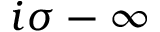
i \sigma - \infty